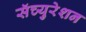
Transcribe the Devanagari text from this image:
सॅच्युरेशन